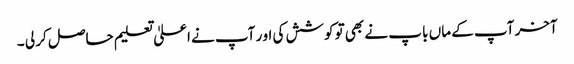
آخر آپ کے ماں با پ نے بھی تو کوشش کی او ر آپ نے اعلیٰ تعلیم حاصل کر لی ۔